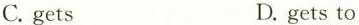
C. gets D. gets to